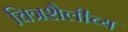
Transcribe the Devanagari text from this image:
चित्रशैलीच्य